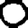
Digit: 0